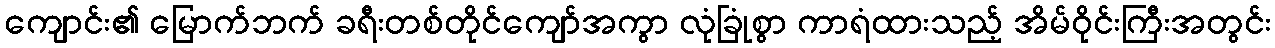
ကျောင်း၏ မြောက်ဘက် ခရီးတစ်တိုင်ကျော်အကွာ လုံခြုံစွာ ကာရံထားသည့် အိမ်ဝိုင်းကြီးအတွင်း